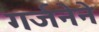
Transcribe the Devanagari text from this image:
गर्जनेने